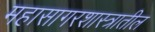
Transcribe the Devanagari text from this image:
महासागरशास्त्रातील